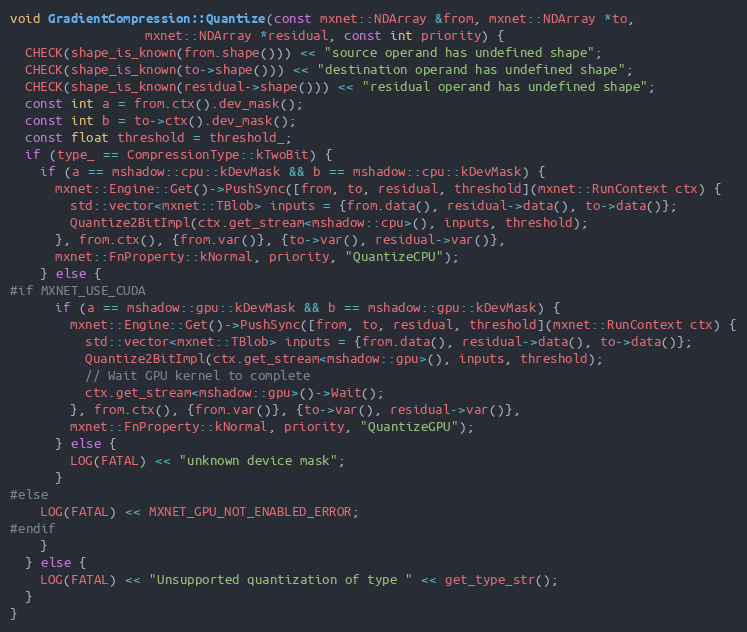
Language: C++
void GradientCompression::Quantize(const mxnet::NDArray &from, mxnet::NDArray *to,
                  mxnet::NDArray *residual, const int priority) {
  CHECK(shape_is_known(from.shape())) << "source operand has undefined shape";
  CHECK(shape_is_known(to->shape())) << "destination operand has undefined shape";
  CHECK(shape_is_known(residual->shape())) << "residual operand has undefined shape";
  const int a = from.ctx().dev_mask();
  const int b = to->ctx().dev_mask();
  const float threshold = threshold_;
  if (type_ == CompressionType::kTwoBit) {
    if (a == mshadow::cpu::kDevMask && b == mshadow::cpu::kDevMask) {
      mxnet::Engine::Get()->PushSync([from, to, residual, threshold](mxnet::RunContext ctx) {
        std::vector<mxnet::TBlob> inputs = {from.data(), residual->data(), to->data()};
        Quantize2BitImpl(ctx.get_stream<mshadow::cpu>(), inputs, threshold);
      }, from.ctx(), {from.var()}, {to->var(), residual->var()},
      mxnet::FnProperty::kNormal, priority, "QuantizeCPU");
    } else {
#if MXNET_USE_CUDA
      if (a == mshadow::gpu::kDevMask && b == mshadow::gpu::kDevMask) {
        mxnet::Engine::Get()->PushSync([from, to, residual, threshold](mxnet::RunContext ctx) {
          std::vector<mxnet::TBlob> inputs = {from.data(), residual->data(), to->data()};
          Quantize2BitImpl(ctx.get_stream<mshadow::gpu>(), inputs, threshold);
          // Wait GPU kernel to complete
          ctx.get_stream<mshadow::gpu>()->Wait();
        }, from.ctx(), {from.var()}, {to->var(), residual->var()},
        mxnet::FnProperty::kNormal, priority, "QuantizeGPU");
      } else {
        LOG(FATAL) << "unknown device mask";
      }
#else
    LOG(FATAL) << MXNET_GPU_NOT_ENABLED_ERROR;
#endif
    }
  } else {
    LOG(FATAL) << "Unsupported quantization of type " << get_type_str();
  }
}